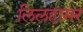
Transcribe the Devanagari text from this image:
लिलहामर